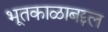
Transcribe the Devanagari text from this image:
भूतकाळाबद्दल